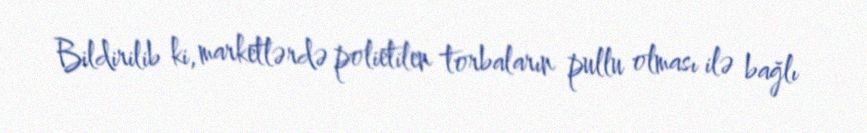
Bildirilib ki, marketlərdə polietilen torbaların pullu olması ilə bağlı